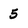
Character: 5